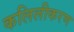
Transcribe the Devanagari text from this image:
कलिलीकरण